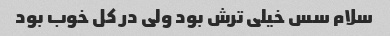
سلام سس خیلی ترش بود ولی در کل خوب بود